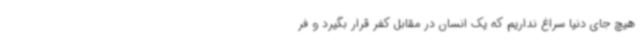
هیچ جای دنیا سراغ نداریم که یک انسان در مقابل کفر قرار بگیرد و فر